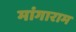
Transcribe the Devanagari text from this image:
मांगाराम